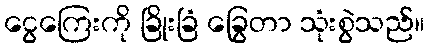
ငွေကြေးကို ခြိုးခြံ ခြွေတာ သုံးစွဲသည်။